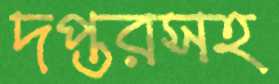
দপ্তরসহ